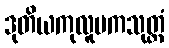
ဒုတိယကုလူပကသုတ္တံ